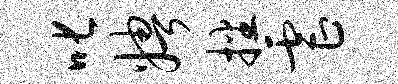
叱娉播虐